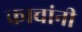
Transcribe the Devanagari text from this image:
काचांनी